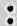
: